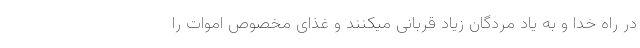
در راه خدا و به یاد مردگان زیاد قربانی میکنند و غذای مخصوص اموات را